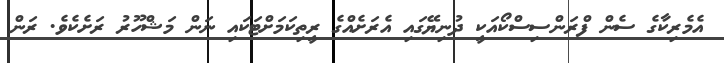
އެމެރިކާގެ ސެން ފްރަންސިސްކޯއަކީ ދުނިޔޭގައި އެރަށެއްގެ ރީތިކަމަށްޓަކައި ނަން މަޝްހޫރު ރަށެކެވެ. ރަން